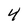
Character: 4